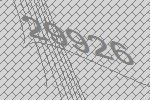
29926